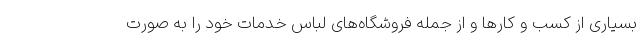
بسیاری از کسب و کارها و از جمله فروشگاه‌های لباس خدمات خود را به صورت